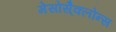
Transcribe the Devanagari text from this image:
मेसोसै्क्लोन्स